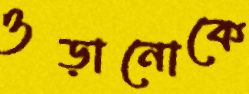
ওড়ানোকে